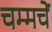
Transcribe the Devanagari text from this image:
चम्मचें